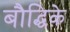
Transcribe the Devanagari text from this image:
बौद्धिके